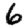
Digit: 6